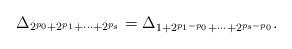
LaTeX: \begin{align*}\Delta_{2^{p_0}+2^{p_1}+\cdots+2^{p_s}}= \Delta_{1+2^{p_1-p_0}+\cdots+2^{p_s-p_0}}.\end{align*}